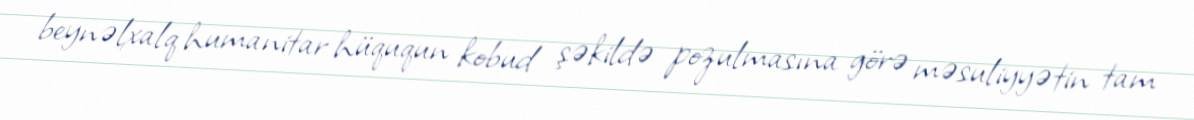
beynəlxalq humanitar hüququn kobud şəkildə pozulmasına görə məsuliyyətin tam